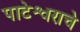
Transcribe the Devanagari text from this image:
पाटेश्वराचे